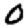
Digit: 0